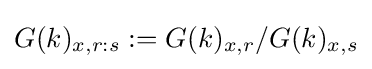
G(k)_{x,r:s}:=G(k)_{x,r}/G(k)_{x,s}